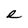
Character: e